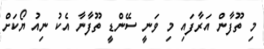
މި ތޫފާން އަރާފައި މި ވަނީ ސޭންޑީ ތޫފާނާ އެކު ނިއު ޔޯކަށް